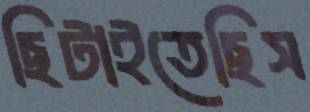
ছিটাইতেছিস